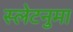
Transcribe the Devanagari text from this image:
स्लेटनुमा